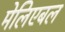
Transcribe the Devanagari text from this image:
मेलिएबल